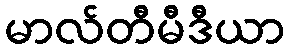
မာလ်တီမီဒီယာ